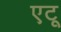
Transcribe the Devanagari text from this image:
एटू